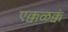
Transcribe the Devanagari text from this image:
एक्कळक्कं